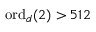
\mathrm { o r d } _ { d } ( 2 ) > 5 1 2